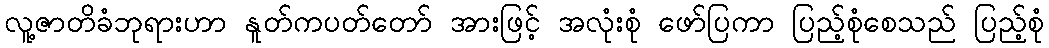
လူ့ဇာတိခံဘုရားဟာ နူတ်ကပတ်တော် အားဖြင့် အလုံးစုံ ဖော်ပြကာ ပြည့်စုံစေသည် ပြည့်စုံ